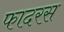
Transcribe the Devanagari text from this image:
फादरस